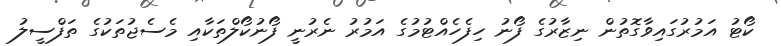
ކޯޓު އަމުރުގައިވާގޮތުން ނިޒާރުގެ ފޯނު ހިފެހެއްޓުމުގެ އަމުރު ނެރުނީ ފޯނުކޯލްތަކާއި މެސެޖުތަކުގެ ތަފްސީލު